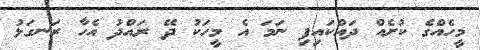
މީހެއްގެ ކުށެއް ދައްކައިފި ނަމަ އެ މީހަކު ދޭ ރައްދު އެހާ ރަނގަޅު